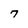
Character: 7